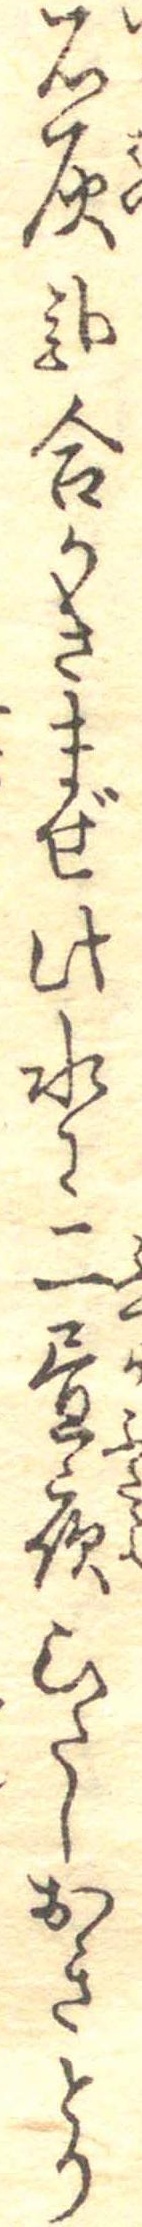
石灰弐合かきまぜ此水に二昼夜ひたしおきとり